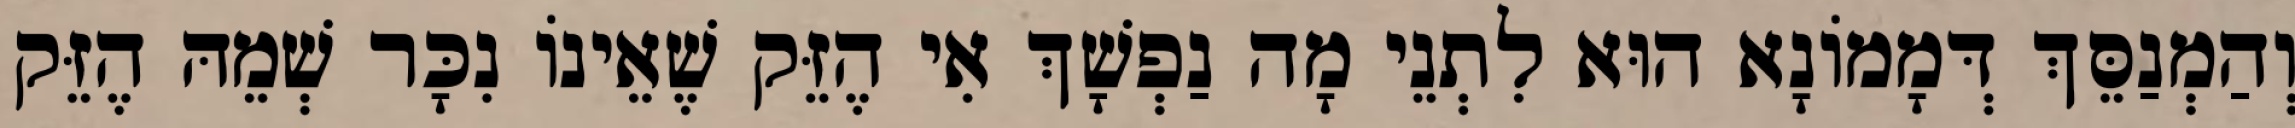
וְהַמְנַסֵּךְ דְּמָמוֹנָא הוּא לִתְנֵי מָה נַפְשָׁךְ אִי הֶזֵּק שֶׁאֵינוֹ נִכָּר שְׁמֵהּ הֶזֵּק